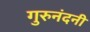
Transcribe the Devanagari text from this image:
गुरुनंदनी